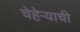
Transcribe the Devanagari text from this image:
चेहेऱ्याची